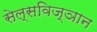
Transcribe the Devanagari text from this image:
सेल्सविज्ञान